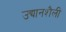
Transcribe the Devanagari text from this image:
उद्यानशैली